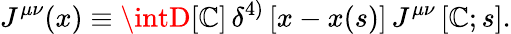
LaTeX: J^{\mu\nu}(x)\equiv\intD[\mathbb{C}]\, \delta^{4)}\left[x-x(s)\right]\, J^{\mu\nu}\left[\mathbb{C};s\right].